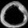
Digit: ၀